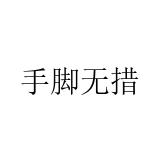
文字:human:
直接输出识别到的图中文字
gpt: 手脚无措